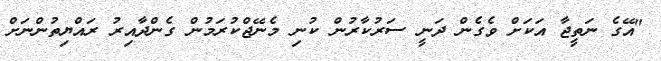
"އޭގެ ނަތީޖާ އަކަށް ވެގެން ދަނީ ސަރުކާރުން ކުނި މެނޭޖްކުރަމުން ގެންދާއިރު ރައްޔިތުންނަށް